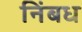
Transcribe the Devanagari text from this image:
निंबध